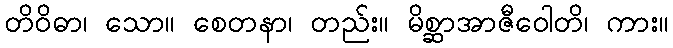
တိဝိဓာ၊ သော။ စေတနာ၊ တည်း။ မိစ္ဆာအာဇီဝေါတိ၊ ကား။